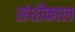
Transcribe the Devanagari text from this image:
संधीकाल